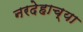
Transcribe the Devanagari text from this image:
नरदेहाच्या